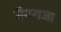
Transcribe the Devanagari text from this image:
जैनराजा